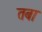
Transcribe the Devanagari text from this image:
तबा